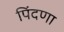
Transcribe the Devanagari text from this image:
पिंदणा